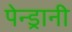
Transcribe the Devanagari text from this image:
पेन्ड्रानी